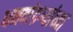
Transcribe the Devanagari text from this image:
धनदांडग्यांच्या